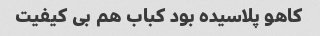
کاهو پلاسیده بود کباب هم بی کیفیت